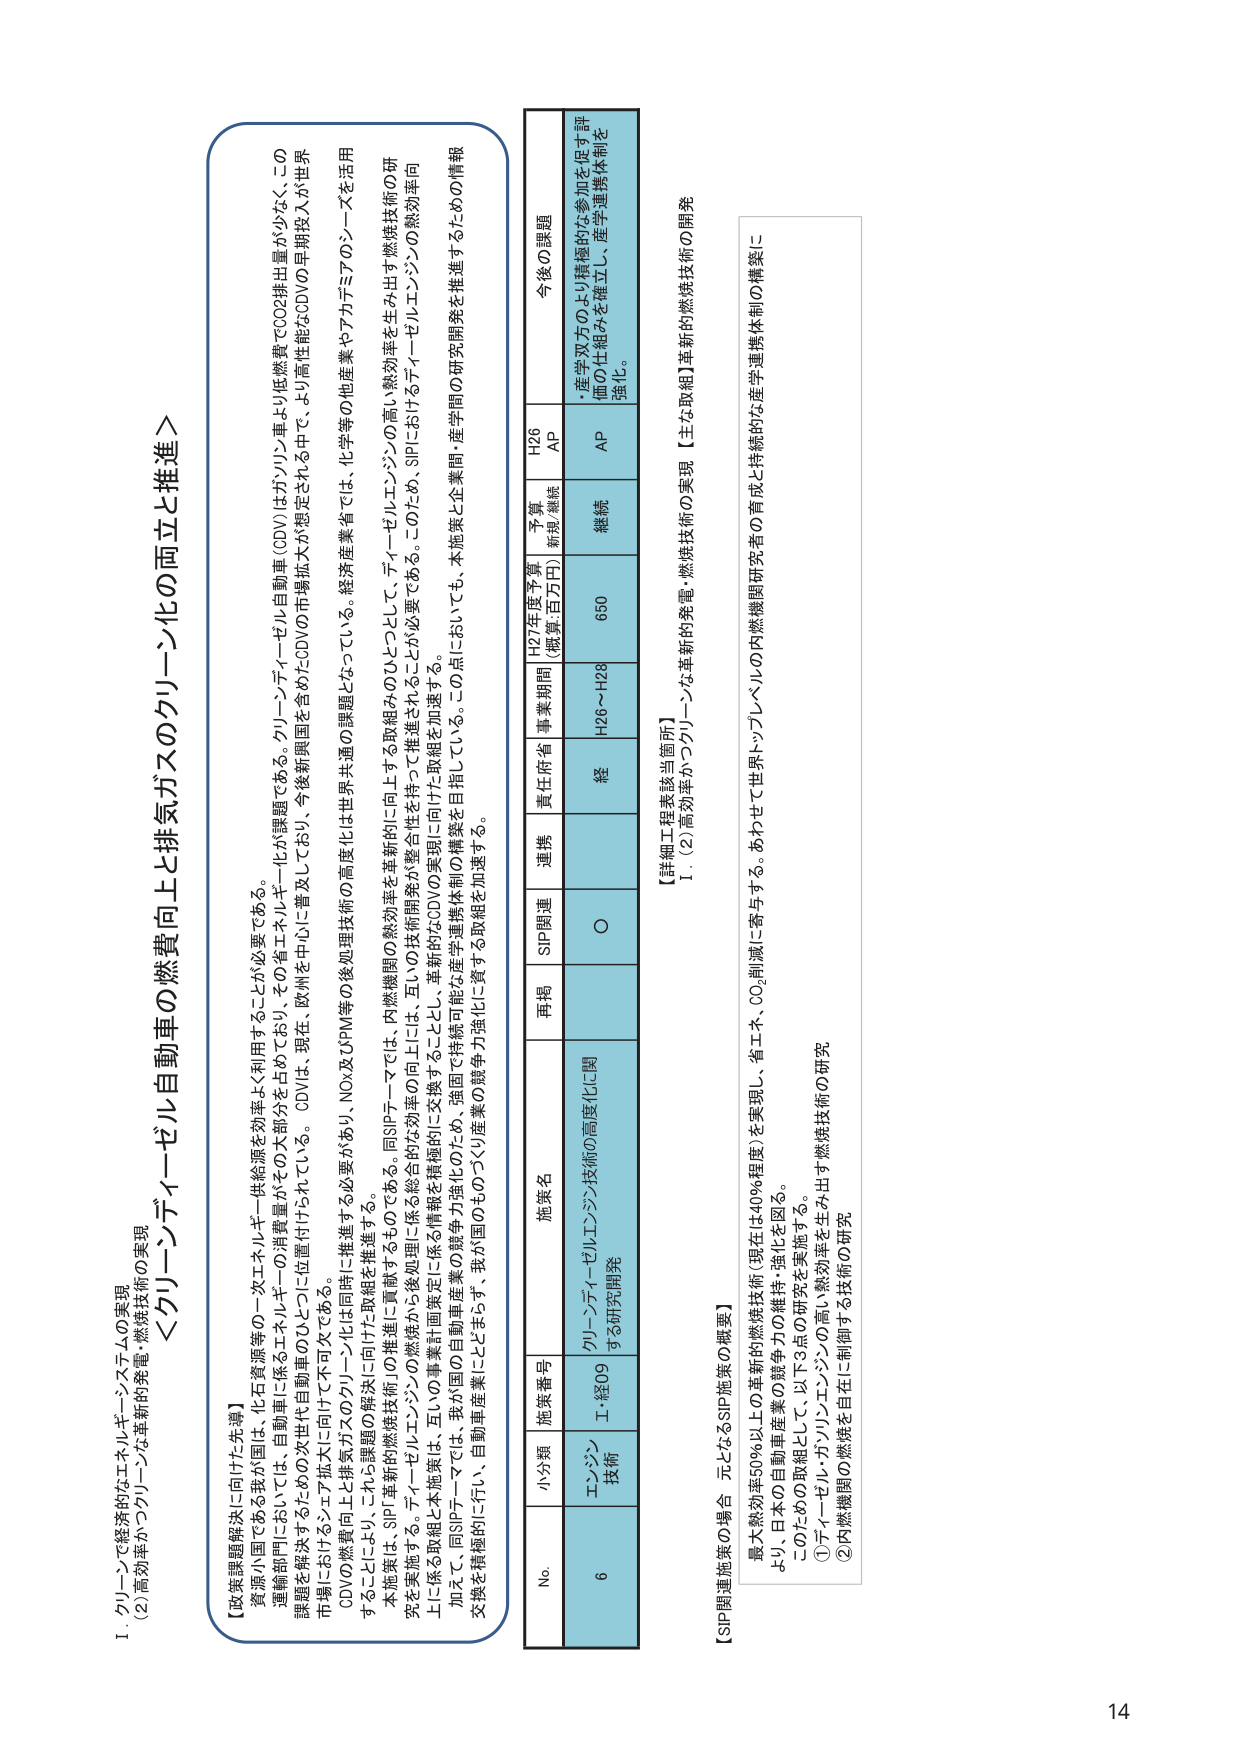
Ⅰ．グリーンで経済的なエネルギー・システムの実現
（2）高効率かつクリーンな革新的発電・燃焼技術の実現

＜グリーンディーゼル自動車の燃費向上と排気ガスのクリーン化の両立と推進＞

【政策課題解決に向けた先導】
資源小国である我が国は、化石エネルギー供給源を効率よく利用することが必要である。
運輸部門においては、自動車に係るエネルギー消費量がその大部分を占めており、その省エネルギー化が課題である。グリーンディーゼル自動車（CDV）はガソリン車より低燃費でCO2排出量が少なく、この課題を解決するための次世代自動車のひとつに位置付けられている。CDVは、現在、欧州を中心に普及しており、今後新興国を含めたCDVの市場拡大が想定される中で、より高性能なCDVの早期投入が世界市場におけるシェア拡大に向けて不可欠である。
CDVの燃費向上と排気ガスのクリーン化は同時に推進する必要があり、NOx及びPM等の後処理技術の高度化は世界共通の課題となっている。経済産業省では、化学等の他産業やアカデミアのシーズを活用することにより、これら課題の解決に向けた取組を推進する。
本施策は、SIP「革新的燃焼技術」の推進に貢献するものである。同SIPテーマでは、内燃機関の熱効率を革新的に向上する取組みのひとつとして、ディーゼルエンジンの高い熱効率を生み出す燃焼技術の研究を実施する。ディーゼルエンジンの燃焼から後処理に係る総合的な効率の向上には、互いの技術開発が整合性を持って推進されることが必要である。このため、SIPにおけるディーゼルエンジンの熱効率向上に係る取組と本施策は、互いの事業計画策定に係る情報を積極的に交換することとし、革新的なCDVの実現に向けた取組を加速する。
加えて、同SIPテーマでは、我が国の自動車産業の競争力強化のため、強固で持続可能な産学連携体制の構築を目指している。この点においても、本施策と企業間・産学間の研究開発を推進するための情報交換を積極的に行い、自動車産業にとってますます、我が国のものづくり産業の競争力強化に資する取組を加速する。

No. 小分類 施策番号 施策名 再掲 SIP関連 連携 責任府省 事業期間 H27年度予算（概算:百万円） 予算 総括/継続 H26 AP 今後の課題
6 エンジン技術 I-経09 グリーンディーゼルエンジン技術の高度化に関する研究開発 ○ 経 H26～H28 650 継続 AP ・産学双方のより積極的な参加を促す評価の仕組みを確立し、産学連携体制を強化。

【SIP関連施策の導入 元となるSIP施策の概要】
最大熱効率50%以上の革新的燃焼技術（現在は40%程度）を実現し、省エネ、CO2削減に寄与する。あわせて世界トップレベルの内燃機関研究者の育成と持続的な産学連携体制の構築により、日本の自動車産業の競争力の維持・強化を図る。
このための取組として、以下の3点の研究を実施する。
①ディーゼル・ガソリンエンジンの高い熱効率を生み出す燃焼技術の研究
②内燃機関の燃焼を自在に制御する技術の研究

【詳細工程表該当箇所】
1．（2）高効率かつクリーンな革新的発電・燃焼技術の実現 【主な取組】革新的燃焼技術の開発

14